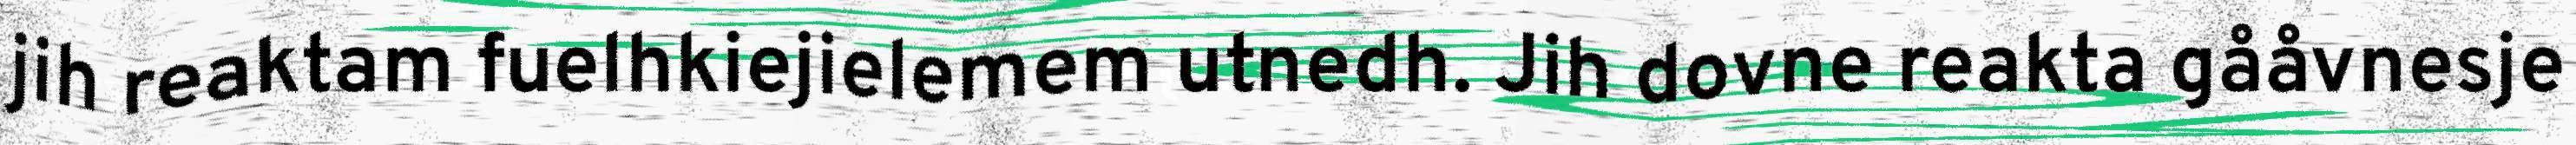
jih reaktam fuelhkiejielemem utnedh. Jih dovne reakta gååvnesje